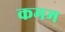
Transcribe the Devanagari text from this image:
कमम